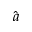
\hat { \boldsymbol a }